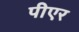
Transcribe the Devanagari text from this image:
पीएर